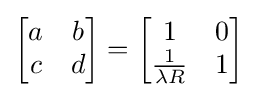
{\begin{bmatrix}a&b\\c&d\end{bmatrix}}={\begin{bmatrix}1&0\\{\frac {1}{\lambda R}}&1\end{bmatrix}}